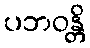
ပဘဝန္တိ